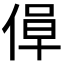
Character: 𫣁